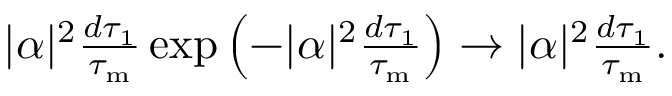
\begin{array} { r } { | \alpha | ^ { 2 } \frac { d \tau _ { 1 } } { \tau _ { \mathrm { m } } } \exp \left( - | \alpha | ^ { 2 } \frac { d \tau _ { 1 } } { \tau _ { \mathrm { m } } } \right) \rightarrow | \alpha | ^ { 2 } \frac { d \tau _ { 1 } } { \tau _ { \mathrm { m } } } . } \end{array}